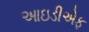
આઇડીએફ